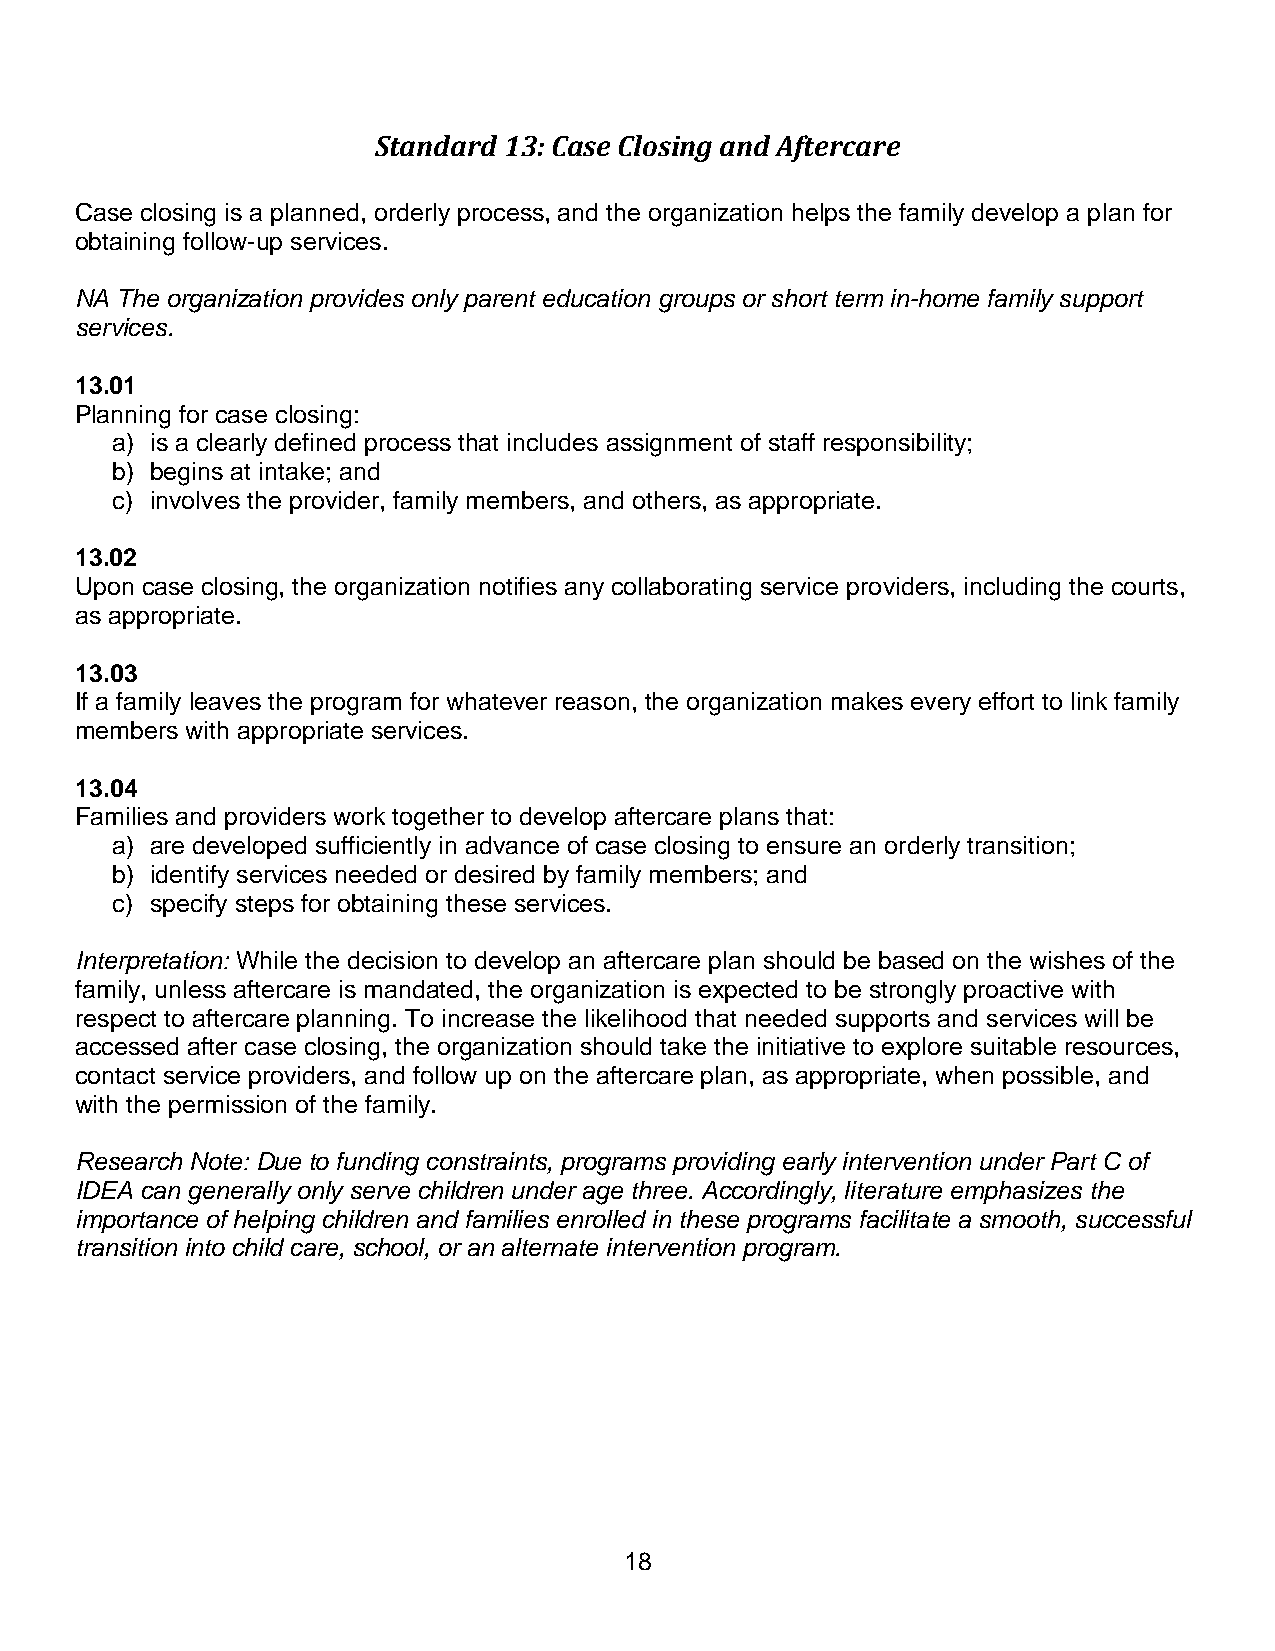
Standard 13: Case Closing and Aftercare
 Case closing is a planned, orderly process, and the organization helps the family develop a plan for
 obtaining follow-up services.
 NA The organization provides only parent education groups or short term in-home family support
 services.
 13.01
 Planning for case closing:
 a) is a clearly defined process that includes assignment of staff responsibility;
 b) begins at intake; and
 c) involves the provider, family members, and others, as appropriate.
 13.02
 Upon case closing, the organization notifies any collaborating service providers, including the courts,
 as appropriate.
 13.03
 If a family leaves the program for whatever reason, the organization makes every effort to link family
 members with appropriate services.
 13.04
 Families and providers work together to develop aftercare plans that:
 a) are developed sufficiently in advance of case closing to ensure an orderly transition;
 b) identify services needed or desired by family members; and
 c) specify steps for obtaining these services.
 Interpretation: While the decision to develop an aftercare plan should be based on the wishes of the
 family, unless aftercare is mandated, the organization is expected to be strongly proactive with
 respect to aftercare planning. To increase the likelihood that needed supports and services will be
 accessed after case closing, the organization should take the initiative to explore suitable resources,
 contact service providers, and follow up on the aftercare plan, as appropriate, when possible, and
 with the permission of the family.
 Research Note: Due to funding constraints, programs providing early intervention under Part C of
 IDEA can generally only serve children under age three. Accordingly, literature emphasizes the
 importance of helping children and families enrolled in these programs facilitate a smooth, successful
 transition into child care, school, or an alternate intervention program.
 18